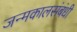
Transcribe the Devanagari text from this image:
जन्मकालसंबंधी